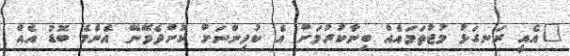
"އެއީ ރަނގަޅު މުޖުތަމައެއް ބިނާކުރުމަށް އެ ކުދިންނަށް ކޮށްދެވޭނޭ އެންމެ ބޮޑު އެއް